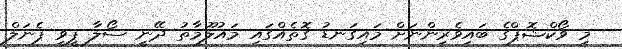
މި ވޯކްޝޮޕްގެ ބައިވެރިންނަށް މައިގަނޑު ގޮތެއްގައި މައުލޫމާތު ދޭނީ ސޯލާ ޕީވީ ޕެނަލް